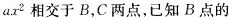
ax^{2}相交于B，C两点，已知B点的